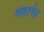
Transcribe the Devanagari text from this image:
अल्लामेह